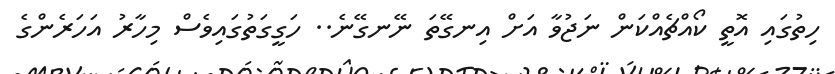
ހިތުގައި އޮތީ ކޯއްޗެއްކަން ނަޖުވާ އަށް އިނގޭތަ ނޭނގޭނެ.. ހަގީގަތުގައިވެސް މިހާރު އަހަރެންގެ